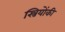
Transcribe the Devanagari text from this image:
स्त्रियोंकी